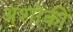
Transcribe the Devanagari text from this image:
अशोकी